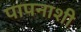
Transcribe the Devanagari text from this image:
पापनाशी